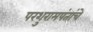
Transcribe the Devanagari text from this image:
परशुरामपंतांचे